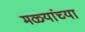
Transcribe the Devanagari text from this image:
मळ्यांच्या